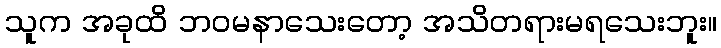
သူက အခုထိ ဘဝမနာသေးတော့ အသိတရားမရသေးဘူး။